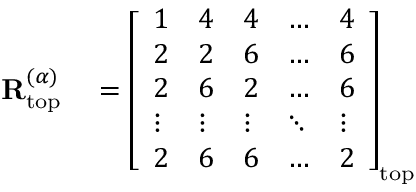
\begin{array} { r l } { \mathbf { R } _ { \mathrm { t o p } } ^ { ( \alpha ) } } & { { } = \left[ \begin{array} { l l l l l } { 1 } & { 4 } & { 4 } & { \dots } & { 4 } \\ { 2 } & { 2 } & { 6 } & { \dots } & { 6 } \\ { 2 } & { 6 } & { 2 } & { \dots } & { 6 } \\ { \vdots } & { \vdots } & { \vdots } & { \ddots } & { \vdots } \\ { 2 } & { 6 } & { 6 } & { \dots } & { 2 } \end{array} \right] _ { \mathrm { t o p } } } \end{array}